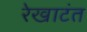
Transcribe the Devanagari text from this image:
रेखाटंत